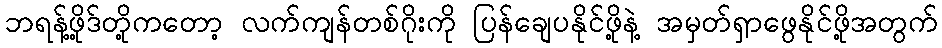
ဘရန့်ဖို့ဒ်တို့ကတော့ လက်ကျန်တစ်ဂိုးကို ပြန်ချေပနိုင်ဖို့နဲ့ အမှတ်ရှာဖွေနိုင်ဖို့အတွက်